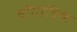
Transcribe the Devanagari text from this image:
वोंगोविक